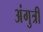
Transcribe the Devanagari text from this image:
अंगुत्री